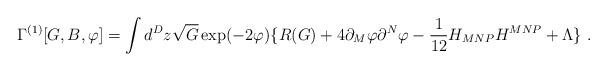
LaTeX: \begin{align*}\Gamma ^{(1)}[G,B,\varphi ]=\int d^Dz \sqrt{G}\exp (-2\varphi )\{R(G)+4\partial _{M}\varphi \partial ^{N}\varphi-\frac{1}{12}H_{MNP}H^{MNP}+\Lambda\}\,\,.\end{align*}